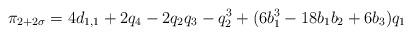
LaTeX: \begin{align*}\pi_{2+2\sigma} = 4d_{1,1}+2q_4 - 2q_2q_3 - q_2^3 + (6b_1^3 -18 b_1b_2 + 6b_3)q_1\end{align*}